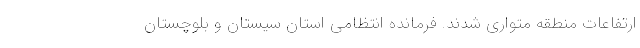
ارتفاعات منطقه متواری شدند. فرمانده انتظامی استان سیستان و بلوچستان